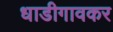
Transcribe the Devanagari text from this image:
धाडीगावकर